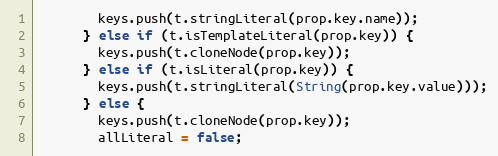
Language: JavaScript
        keys.push(t.stringLiteral(prop.key.name));
      } else if (t.isTemplateLiteral(prop.key)) {
        keys.push(t.cloneNode(prop.key));
      } else if (t.isLiteral(prop.key)) {
        keys.push(t.stringLiteral(String(prop.key.value)));
      } else {
        keys.push(t.cloneNode(prop.key));
        allLiteral = false;